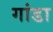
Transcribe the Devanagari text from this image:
गांडा